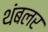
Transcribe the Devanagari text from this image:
थंबलर